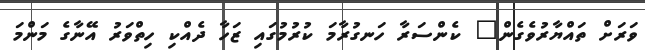
ވަރަށް ތައްޔާރުވެގެން" ކެންސަރާ ހަނގުރާމަ ކުރުމުގައި ޒަހާ ދެއްކި ހިތްވަރު އޭނާގެ މަންމަ